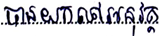
បានយកទៅអនុវត្ត